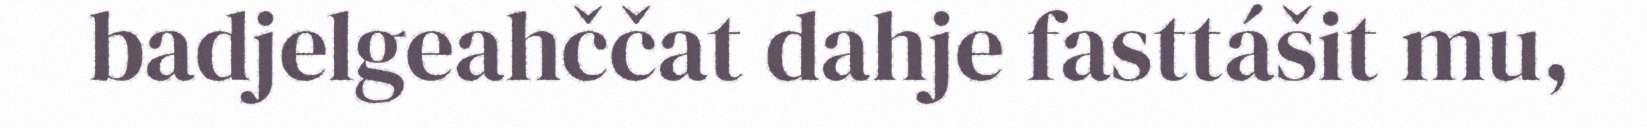
badjelgeahččat dahje fasttášit mu,